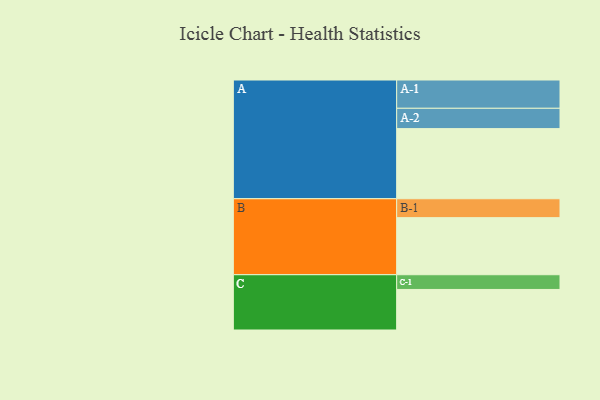
{"axis": {"x": "Segment", "y": "Value"}, "legend": ["", "A", "B", "C"], "data": [{"x": "A", "y": 538, "type": ""}, {"x": "B", "y": 438, "type": ""}, {"x": "C", "y": 311, "type": ""}, {"x": "A-1", "y": 217, "type": "A"}, {"x": "A-2", "y": 156, "type": "A"}, {"x": "B-1", "y": 145, "type": "B"}, {"x": "C-1", "y": 113, "type": "C"}]}